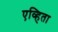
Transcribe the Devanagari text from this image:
एव्हिता